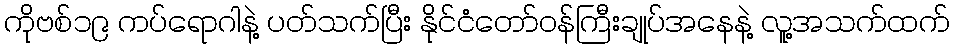
ကိုဗစ်၁၉ ကပ်ရောဂါနဲ့ ပတ်သက်ပြီး နိုင်ငံတော်ဝန်ကြီးချုပ်အနေနဲ့ လူ့အသက်ထက်